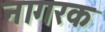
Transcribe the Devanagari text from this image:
नागरक